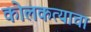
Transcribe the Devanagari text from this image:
कोलकत्याचा